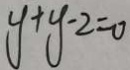
y + y - 2 = 0